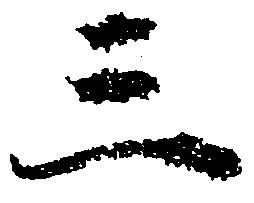
三